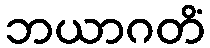
ဘယာဂတိံ